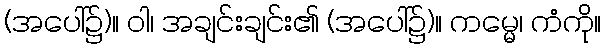
(အပေါ်၌)။ ဝါ၊ အချင်းချင်း၏ (အပေါ်၌)။ ကမ္မေ၊ ကံကို။